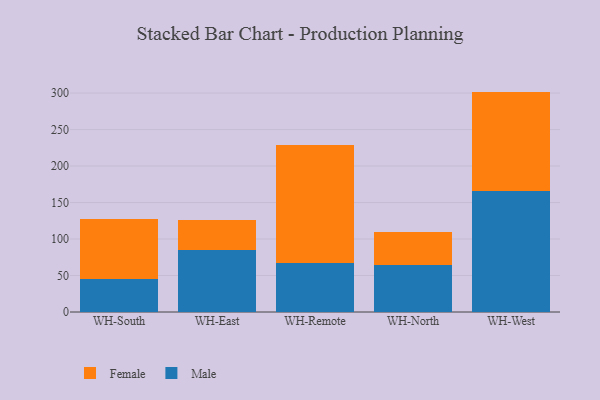
{"axis": {"x": "Warehouse", "y": "Budget (USD K)"}, "legend": ["Female", "Male"], "data": [{"x": "WH-South", "y": 45.5, "type": "Male"}, {"x": "WH-South", "y": 82.3, "type": "Female"}, {"x": "WH-East", "y": 85.3, "type": "Male"}, {"x": "WH-East", "y": 41.4, "type": "Female"}, {"x": "WH-Remote", "y": 67.6, "type": "Male"}, {"x": "WH-Remote", "y": 161.8, "type": "Female"}, {"x": "WH-North", "y": 64.5, "type": "Male"}, {"x": "WH-North", "y": 44.9, "type": "Female"}, {"x": "WH-West", "y": 166.2, "type": "Male"}, {"x": "WH-West", "y": 135.8, "type": "Female"}]}